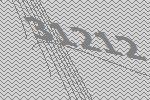
31212